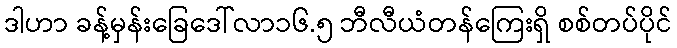
ဒါဟာ ခန့်မှန်းခြေဒေါ်လာ၁၆.၅ ဘီလီယံတန်ကြေးရှိ စစ်တပ်ပိုင်